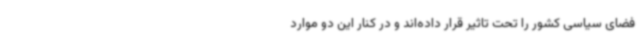
فضای سیاسی کشور را تحت تاثیر قرار داده‌اند و در کنار این دو موارد